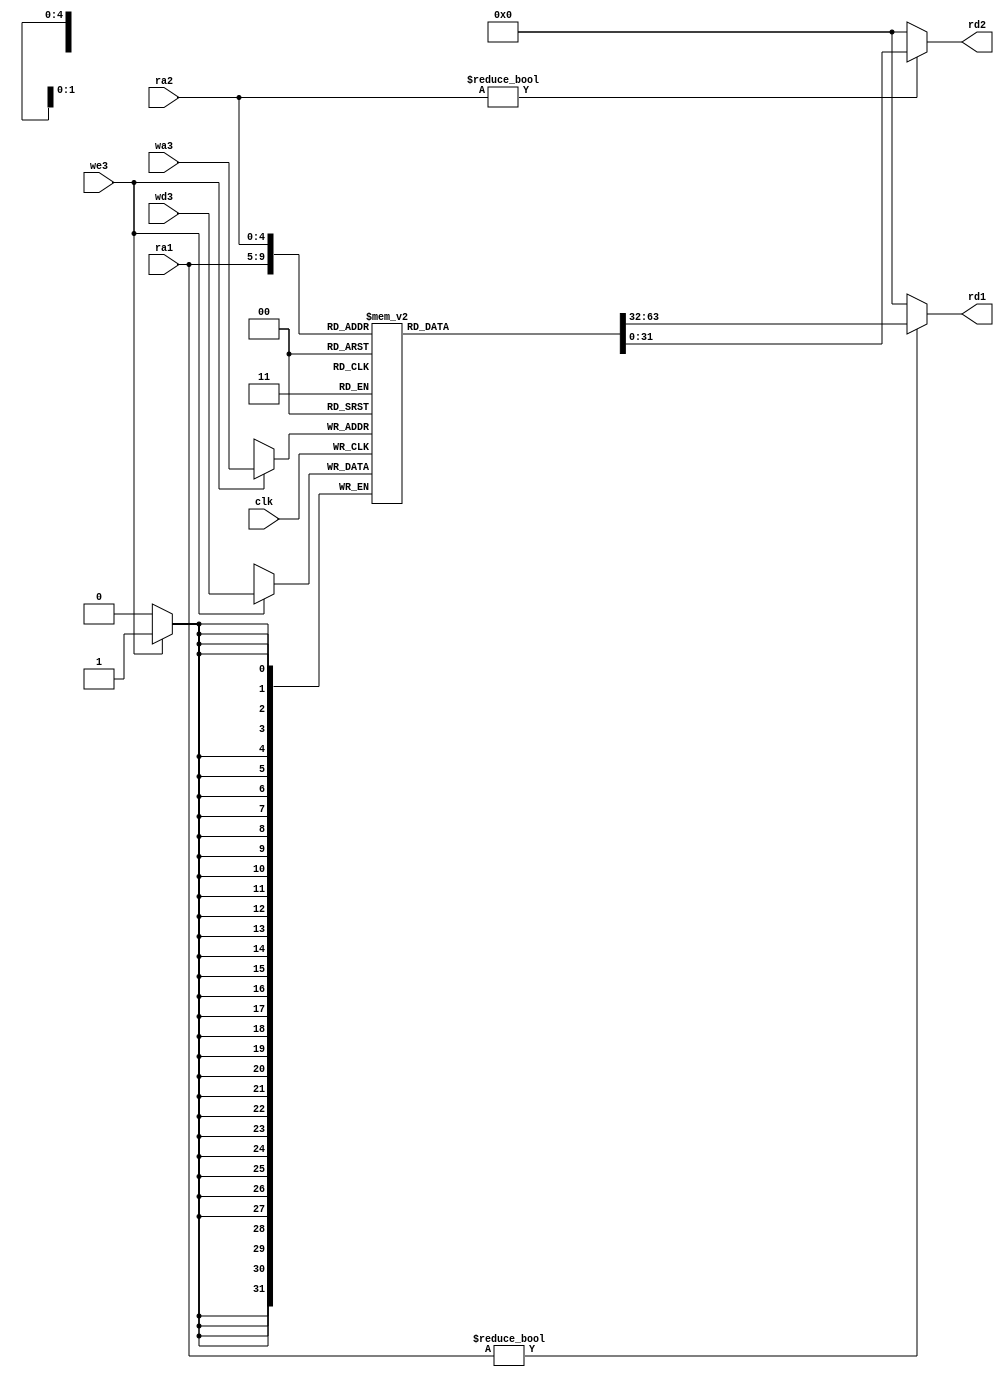
`timescale 1ns / 1ps
module regfile(
input clk, 
input we3, 
input [4:0] ra1, ra2, wa3, 
input [31:0] wd3, 
output [31:0] rd1, rd2
);
reg [31:0] rf[31:0];
always@(posedge clk)
    if (we3) rf[wa3] <= wd3;	
assign rd1 = (ra1 != 0) ? rf[ra1] : 0;
assign rd2 = (ra2 != 0) ? rf[ra2] : 0;
endmodule